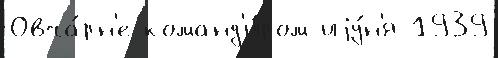
Овча́рн'е команд'и́ром иjу́н'я 1939